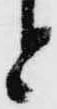
と